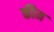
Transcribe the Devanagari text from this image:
कीम